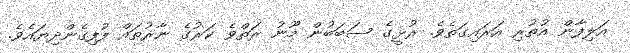
އަލިފާން އުތުރި އަރައިގަތެވެ. ރުޅީގެ ސަބަބުން މޫނު ރަތްވެ ކަރުގެ ނާރުތައް ފުފިގެންދިޔައެވެ.